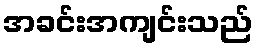
အခင်းအကျင်းသည်